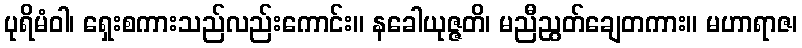
ပုရိမံဝါ၊ ရှေးစကားသည်လည်းကောင်း။ နခေါယုဇ္ဇတိ၊ မညီညွတ်ချေတကား။ မဟာရာဇ၊